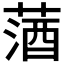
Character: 𦵩